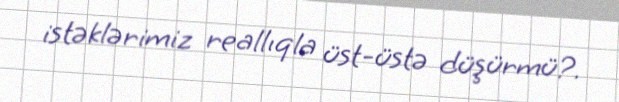
istəklərimiz reallıqla üst-üstə düşürmü?.